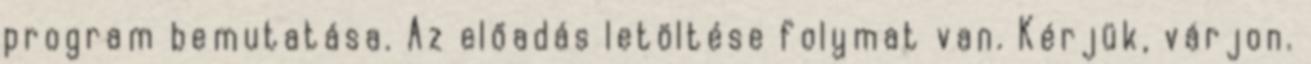
program bemutatása. Az előadás letöltése folymat van. Kérjük, várjon.